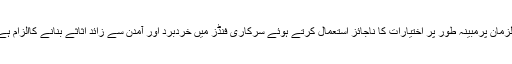
ملزمان پرمبینہ طور پر اختیارات کا ناجائز استعمال کرتے ہوئے سرکاری فنڈز میں خردبرد اور آمدن سے زائد اثاثے بنانے کاالزام ہے۔